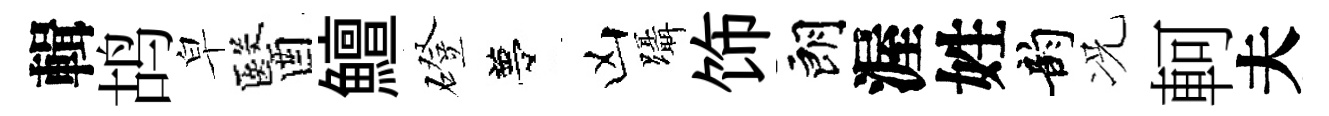
輯鸪皁醫鱣磴夢凶躡饰朗渥姓韵况軻夫